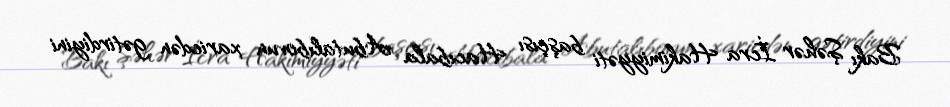
Bakı Şəhər İcra Hakimiyyəti başçısı Hacıbala Abutalıbovun xaricdən gətirdiyini